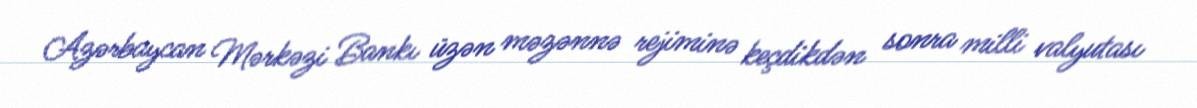
Azərbaycan Mərkəzi Bankı üzən məzənnə rejiminə keçdikdən sonra milli valyutası